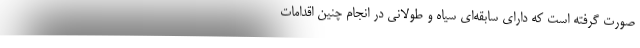
صورت گرفته است که دارای سابقه‌ای سیاه و طولانی در انجام چنین اقدامات